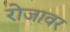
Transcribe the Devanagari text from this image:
रोजावर